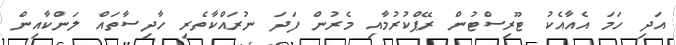
އަދި ހަމަ އެއާއެކު ޓޫރިސްޓުން ރޭޕްކުރުމާއި މެރުން ފަދަ ނުރައްކާތެރި ހާދިސާތައް ލަންކާއިން